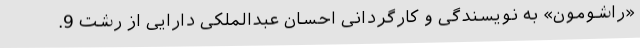
«راشومون» به نویسندگی و کارگردانی احسان عبدالملکی دارایی از رشت 9.